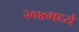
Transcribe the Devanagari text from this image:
२०४मध्ये